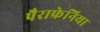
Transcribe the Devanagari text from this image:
पैराफ्रेनिया